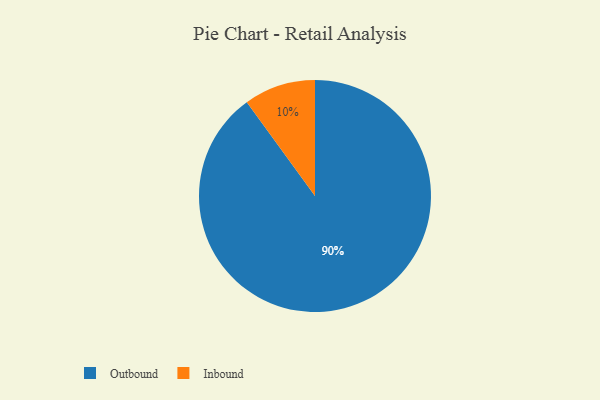
{"axis": {"x": "Category", "y": "Percentage"}, "legend": ["Inbound", "Outbound"], "data": [{"x": "Outbound", "y": 90, "type": "Outbound"}, {"x": "Inbound", "y": 10, "type": "Inbound"}]}